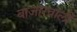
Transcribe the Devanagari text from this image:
बाजारवाली